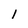
Character: 1